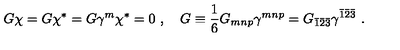
G \chi = G \chi ^ { * } = G \gamma ^ { m } \chi ^ { * } = 0 \ , \quad G \equiv \frac { 1 } { 6 } G _ { m n p } \gamma ^ { m n p } = G _ { \bar { 1 } \bar { 2 } \bar { 3 } } \gamma ^ { \bar { 1 } \bar { 2 } \bar { 3 } } \ .